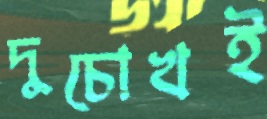
দুচোখই